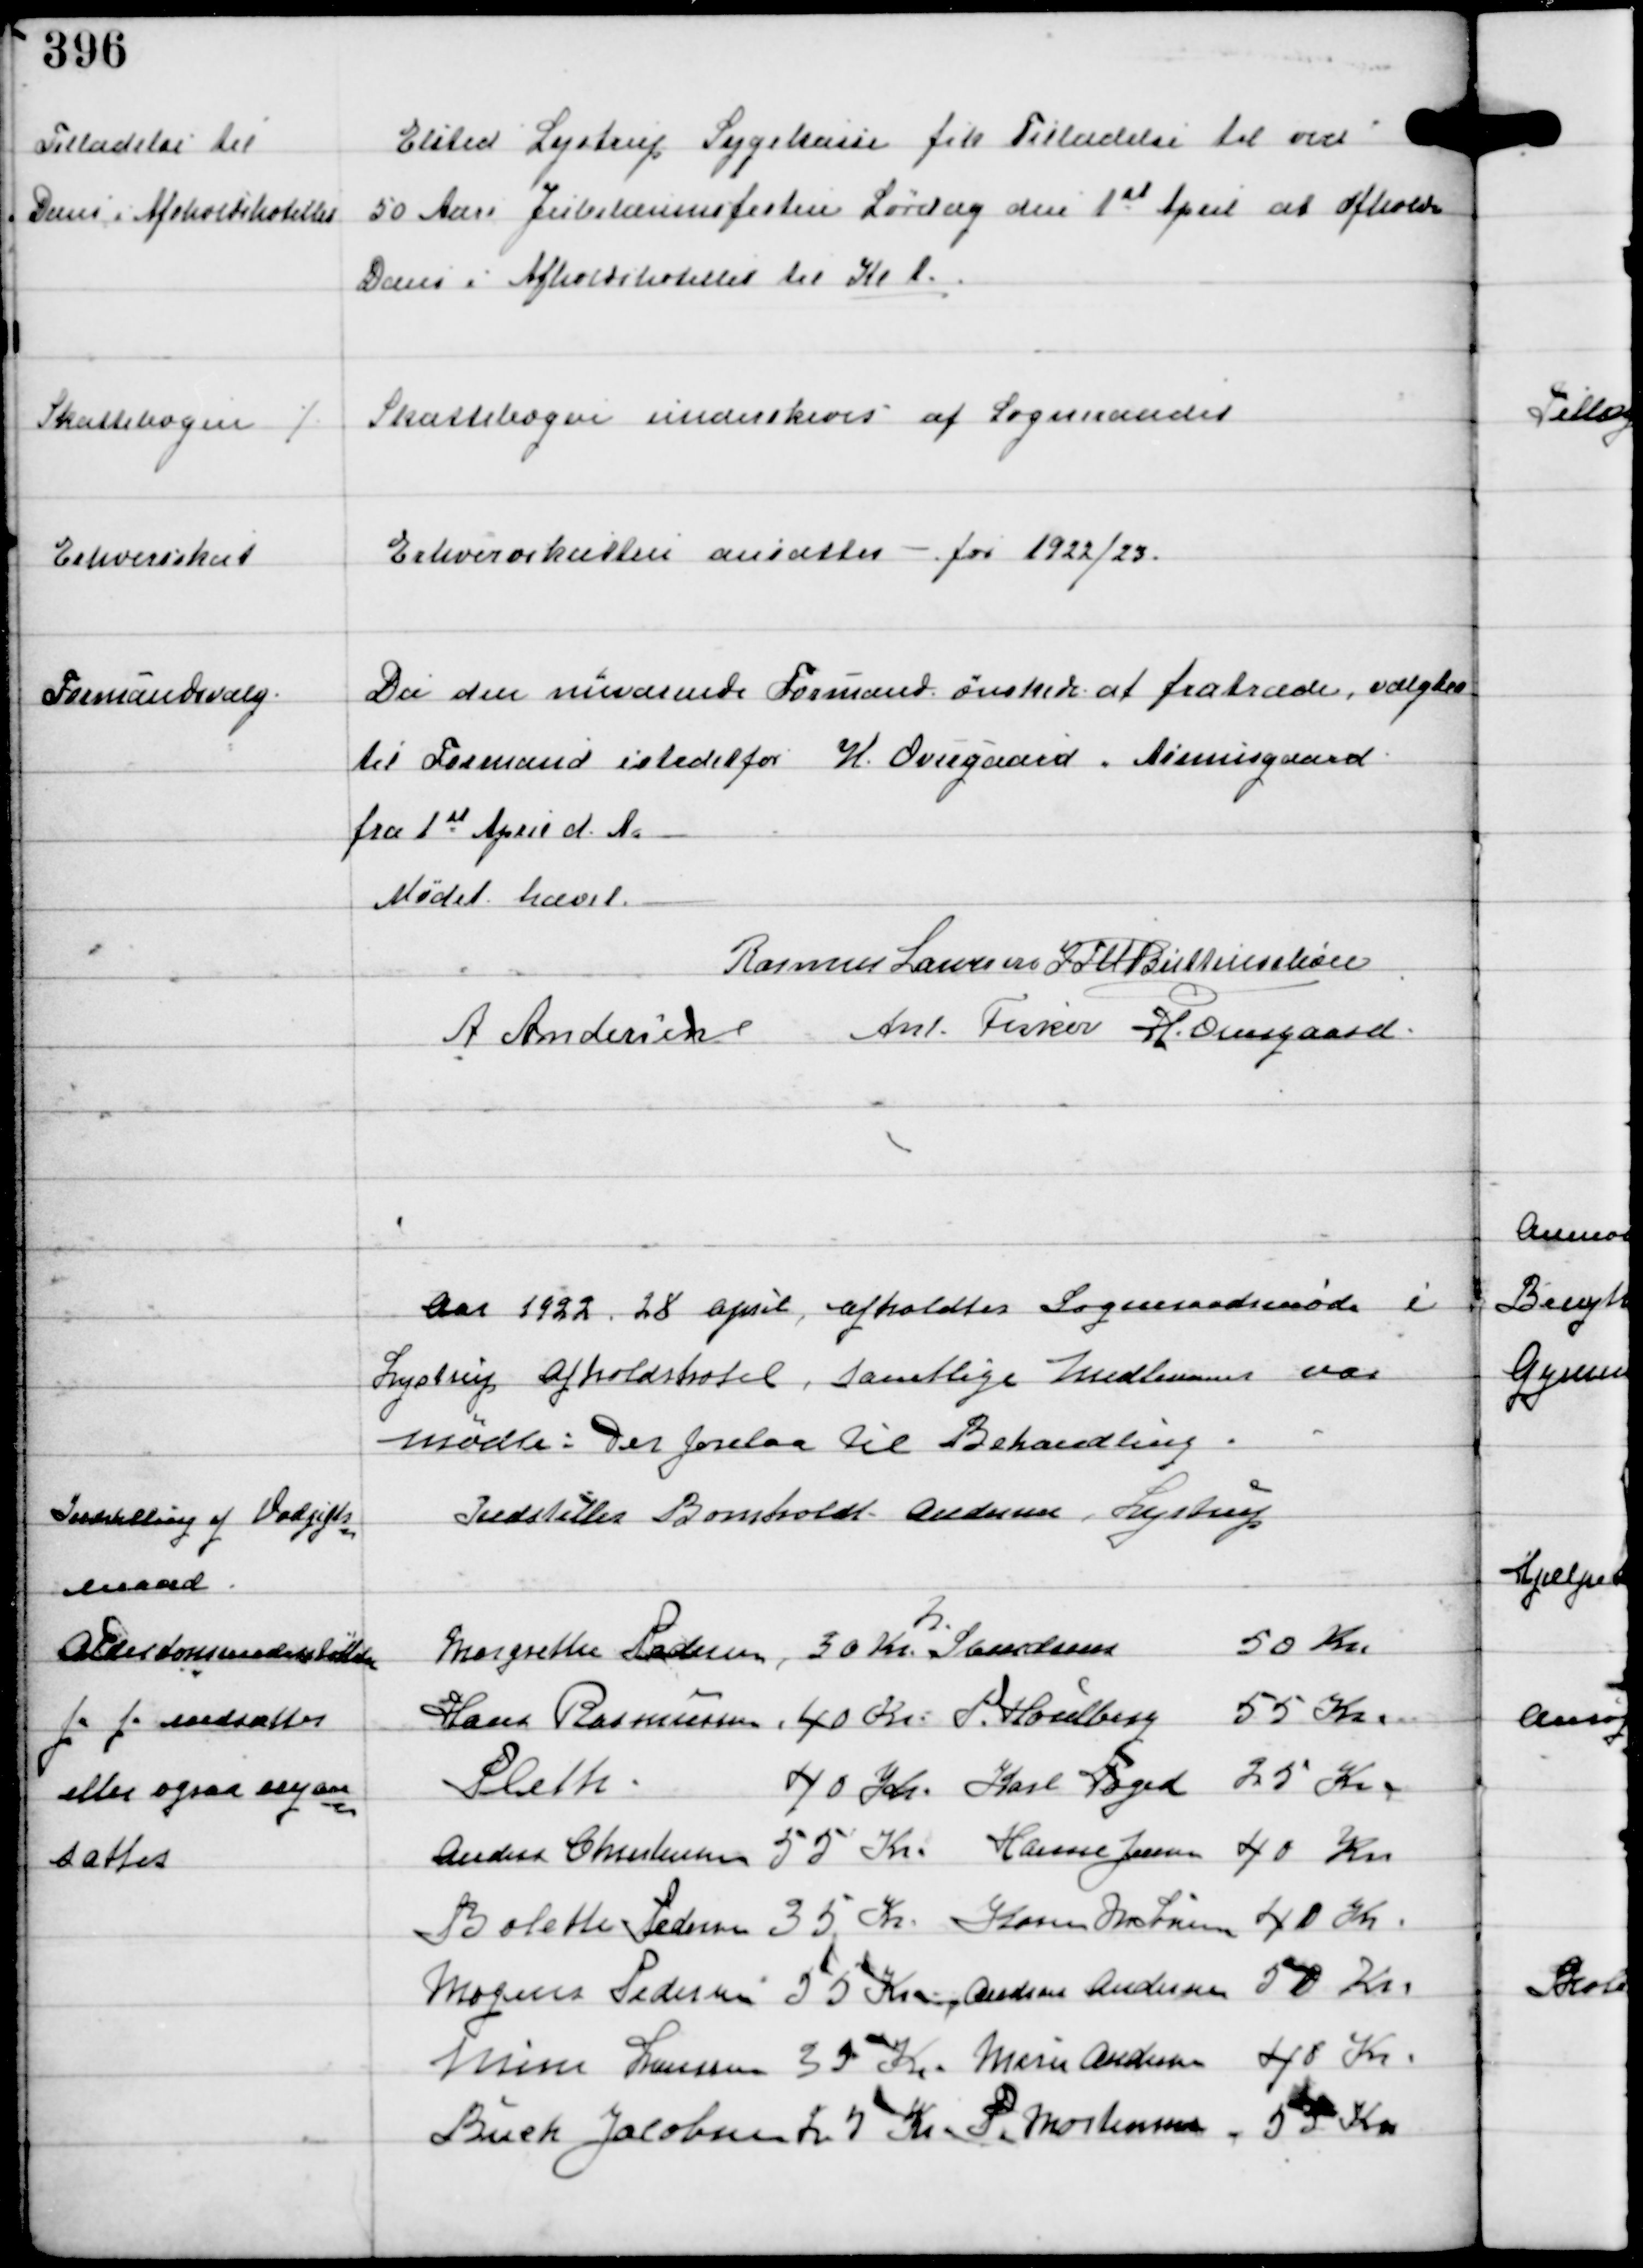
Transskription:
Tilladelse til
Dans i Afholdshotellet

Elsted Lystrup Sygekasse fik Tilladelse til ved
50 Aars Jubilæumsfesten Lørdag den 1st April at afholde
Dans i Afholdshotellet til Kl 1.

Skattebogen ⁒

Skattebogen underskreves af Sogneraadet

Erhvervsskat

Erhvervsskatten ansættes - for 1922/23.

Formandsvalg.

Da den nuværende Formand ønskede at fratræde, valgtes
til Formand istedetfor H Overgaard Asmusgaard
fra 1st April d.A.

Mødet hævet
Rasmus Laursen IFV Buttenschøn
A Andersen Ant. Fisker H. Overgaard.

Aar 1922 28 april afholdtes Sogneraadsmøde i
Lystrup Afholdshotel, samtlige Medlemmer var
mødte: Der forelaa til Behandling

Indstilling af Voldgifts-
mand

Indstilles Bomholdt Andersen, Lystrup

Alderdomsunderstøttelse
fa fa nedsattes
eller ogsaa nyan-
sattes